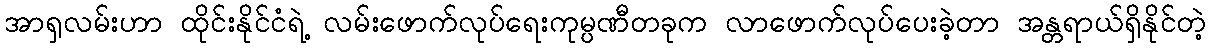
အာရှလမ်းဟာ ထိုင်းနိုင်ငံရဲ့ လမ်းဖောက်လုပ်ရေးကုမ္ပဏီတခုက လာဖောက်လုပ်ပေးခဲ့တာ အန္တရာယ်ရှိနိုင်တဲ့